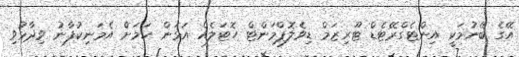
އޭގެ ބޭނުމަކީ އިންޓެގްރޭޓެޑް ޓޫރިޒަމް ޑިވެލޮޕްމަންޓް ހޮޓަލެއް އަޅަން ކަމަށް އެމަނިކުފާނު ވިދާޅުވި